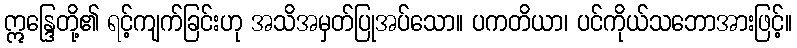
ဣန္ဒြေတို့၏ ရင့်ကျက်ခြင်းဟု အသိအမှတ်ပြုအပ်သော။ ပကတိယာ၊ ပင်ကိုယ်သဘောအားဖြင့်။